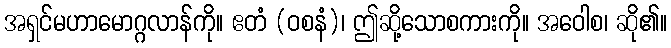
အရှင်မဟာမောဂ္ဂလာန်ကို။ ဧတံ (ဝစနံ)၊ ဤဆို့သောစကားကို။ အဝေါစ၊ ဆို၏။